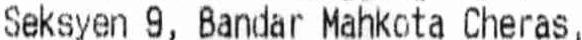
SEKSYEN 9, BANDAR MAHKOTA CHERAS,